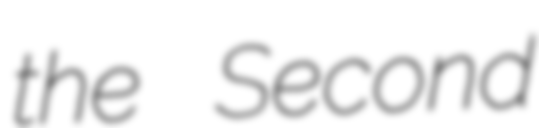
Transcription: the Second